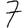
Digit: 7